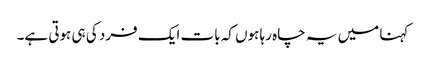
کہنا میں یہ چاہ رہا ہوں کہ بات ایک فرد کی ہی ہوتی ہے۔